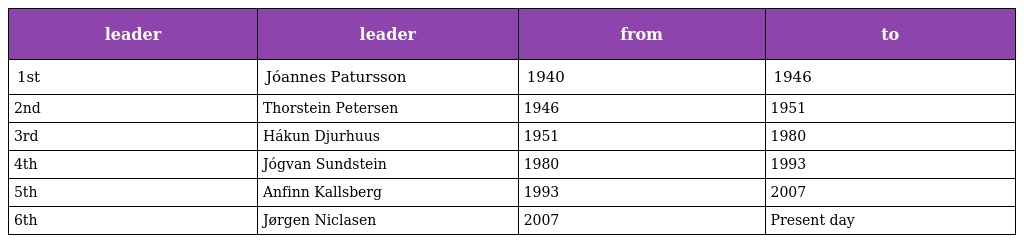
| leader | leader | from | to |
 | --- | --- | --- | --- |
 | 1st | Jóannes Patursson | 1940 | 1946 |
 | 2nd | Thorstein Petersen | 1946 | 1951 |
 | 3rd | Hákun Djurhuus | 1951 | 1980 |
 | 4th | Jógvan Sundstein | 1980 | 1993 |
 | 5th | Anfinn Kallsberg | 1993 | 2007 |
 | 6th | Jørgen Niclasen | 2007 | Present day |